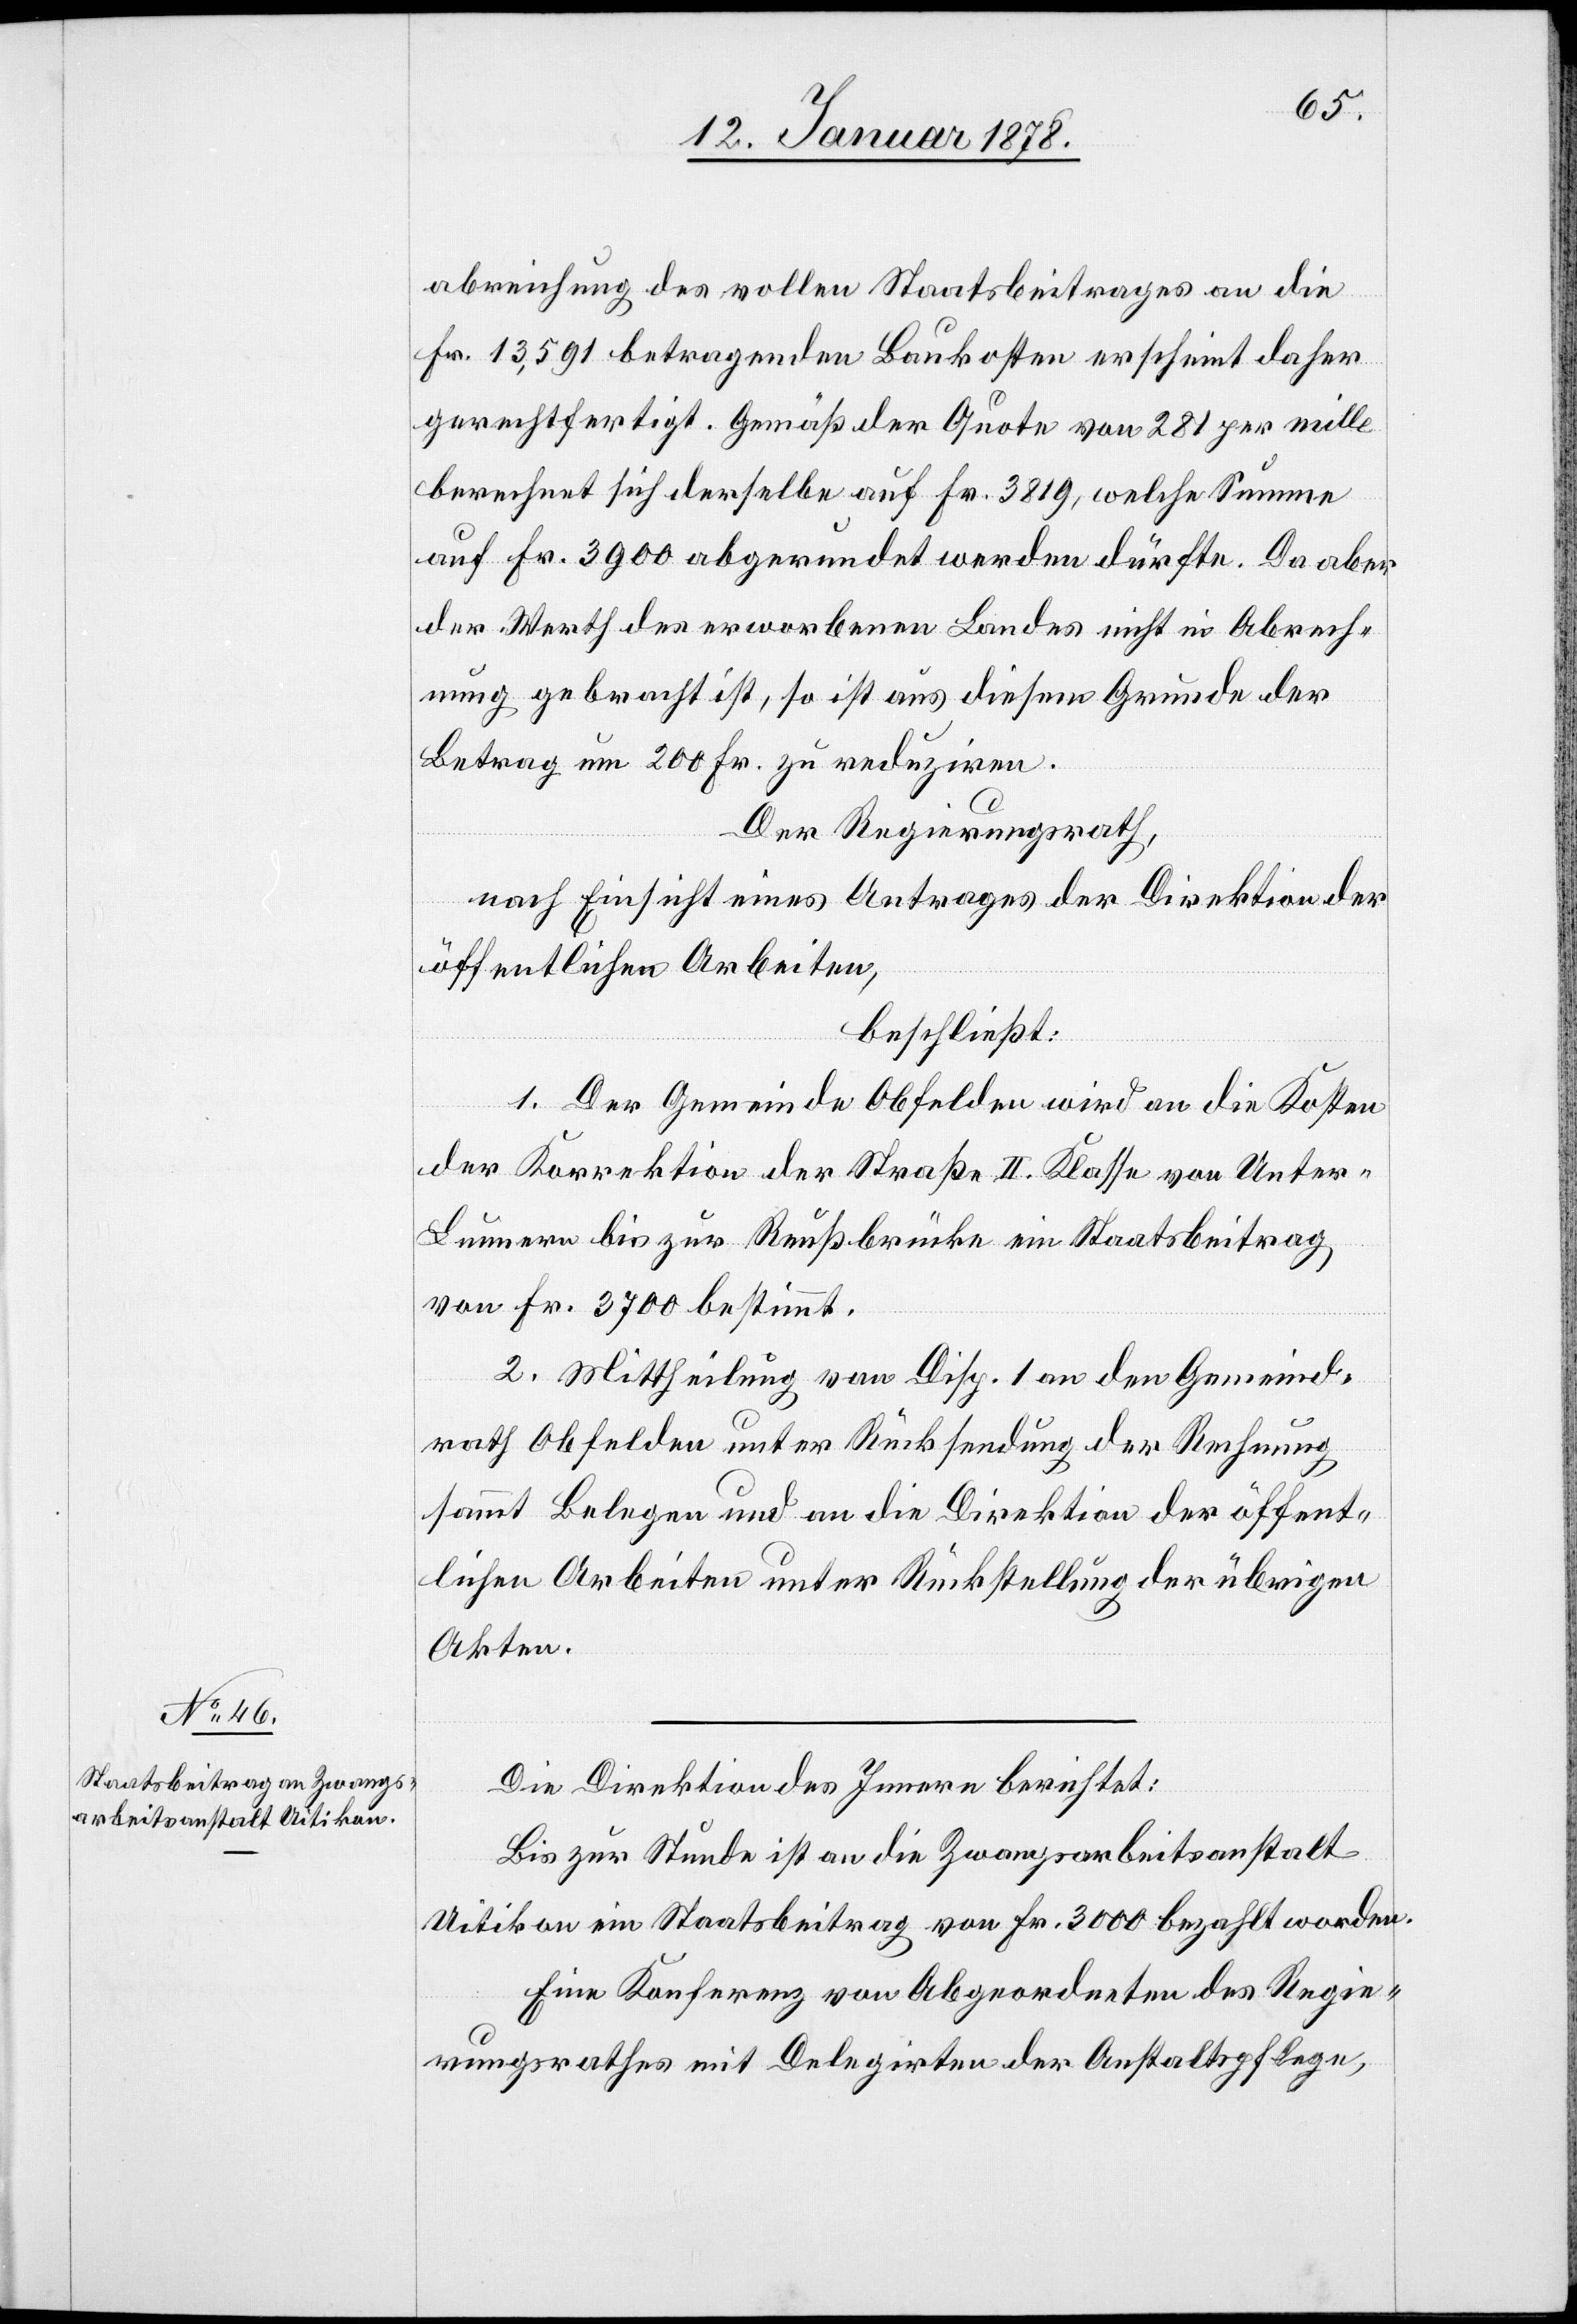
abreichung des vollen Staatsbeitrages an die
Fr. 13,591 betragenden Baukosten erscheint daher
gerechtfertigt. Gemäß der Quote von 281 per mille
berechnet sich derselbe auf Fr. 3819, welche Summe
auf Fr. 3900 abgerundet werden dürfte. Da aber
der Werth des erworbenen Landes nicht in Abrech¬
nung gebracht ist, so ist aus diesem Grunde der
Betrag um 200 Fr. zu reduziren.
Der Regierungsrath,
nach Einsicht eines Antrages der Direktion der
öffentlichen Arbeiten,
beschließt:
1. Der Gemeinde Obfelden wird an die Kosten
der Korrektion der Straße II Klasse von Unter-L¬
unnern bis zur Reußbrücke ein Staatsbeitrag
von Fr. 3700 bestimmt.
2. Mittheilung von Disp. I an den Gemeind¬
rath Obfelden unter Rücksendung der Rechnung
sammt Belegen und an die Direktion der öffent¬
lichen Arbeiten unter Rückstellung der übrigen
Akten.
Die Direktion des Innern berichtet:
Bis zur Stunde ist an die Zwangsarbeitsanstalt
Uitikon ein Staatsbeitrag von Fr. 3000 bezahlt worden.
Eine Konferenz von Abgeordneten des Regie¬
rungsrathes mit Delegirten der Anstaltspflege,